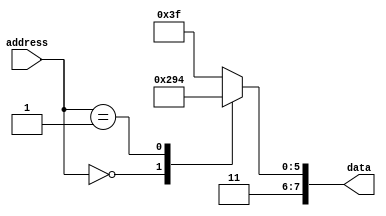
module EEPROM (address, data);

parameter JC 	= 4'b1111;
parameter JMP 	= 4'b1110;
parameter MOV 	= 4'b1101;
parameter MVI 	= 4'b1100;
parameter INC 	= 4'b1011;
parameter ADD 	= 4'b1010;
parameter SUB 	= 4'b1001;
parameter I_AND = 4'b1000;
parameter I_OR 	= 4'b0111;
parameter SC 	= 4'b0110;
parameter CC 	= 4'b0101;
parameter PUSH 	= 4'b0100;
parameter POP 	= 4'b0011;
parameter IN 	= 4'b0010;
parameter OUT 	= 4'b0001;
parameter NOP 	= 4'b0000;

input [7:0] address;
output [7:0] data;

reg [7:0] data;

always @(address) begin
	case(address)
		
		// write your test program here
		8'h00 : data = {MVI, 4'b1010}; // reg0 = 1010
		8'h01 : data = {MOV, 4'b0100}; // reg1 = 1010

		default : data = 8'hFF;
	endcase
end
endmodule